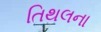
તિથલના